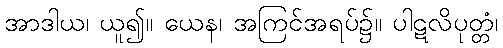
အာဒါယ၊ ယူ၍။ ယေန၊ အကြင်အရပ်၌။ ပါဋလိပုတ္တံ၊